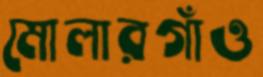
মোলারগাঁও